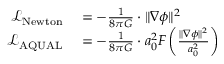
\begin{array} { r l } { { \mathcal { L } } _ { \mathrm { N e w t o n } } } & { { } = - { \frac { 1 } { 8 \pi G } } \cdot \| \nabla \phi \| ^ { 2 } } \\ { { \mathcal { L } } _ { \mathrm { A Q U A L } } } & { { } = - { \frac { 1 } { 8 \pi G } } \cdot a _ { 0 } ^ { 2 } F \left( { \frac { \| \nabla \phi \| ^ { 2 } } { a _ { 0 } ^ { 2 } } } \right) } \end{array}